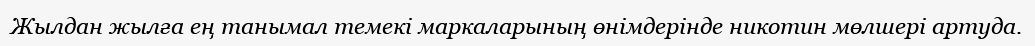
Жылдан жылға ең танымал темекі маркаларының өнімдерінде никотин мөлшері артуда.